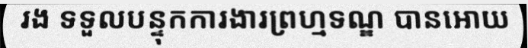
រង ទទួលបន្ទុកការងារព្រហ្មទណ្ឌ បានអោយ